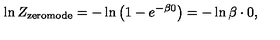
\ln Z _ { \mathrm { z e r o m o d e } } = - \ln \left( 1 - e ^ { - \beta 0 } \right) = - \ln \beta \cdot 0 ,